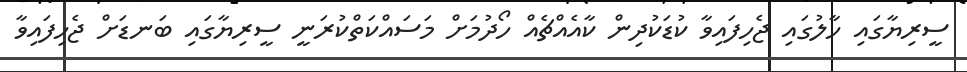
ސީރިޔާގައި ހާލުގައި ޖެހިފައިވާ ކުޑަކުދިން ކާއެއްޗެއް ހޯދުމަށް މަސައްކަތްކުރަނީ ސީރިޔާގައި ބަނޑަށް ޖެހިފައިވާ